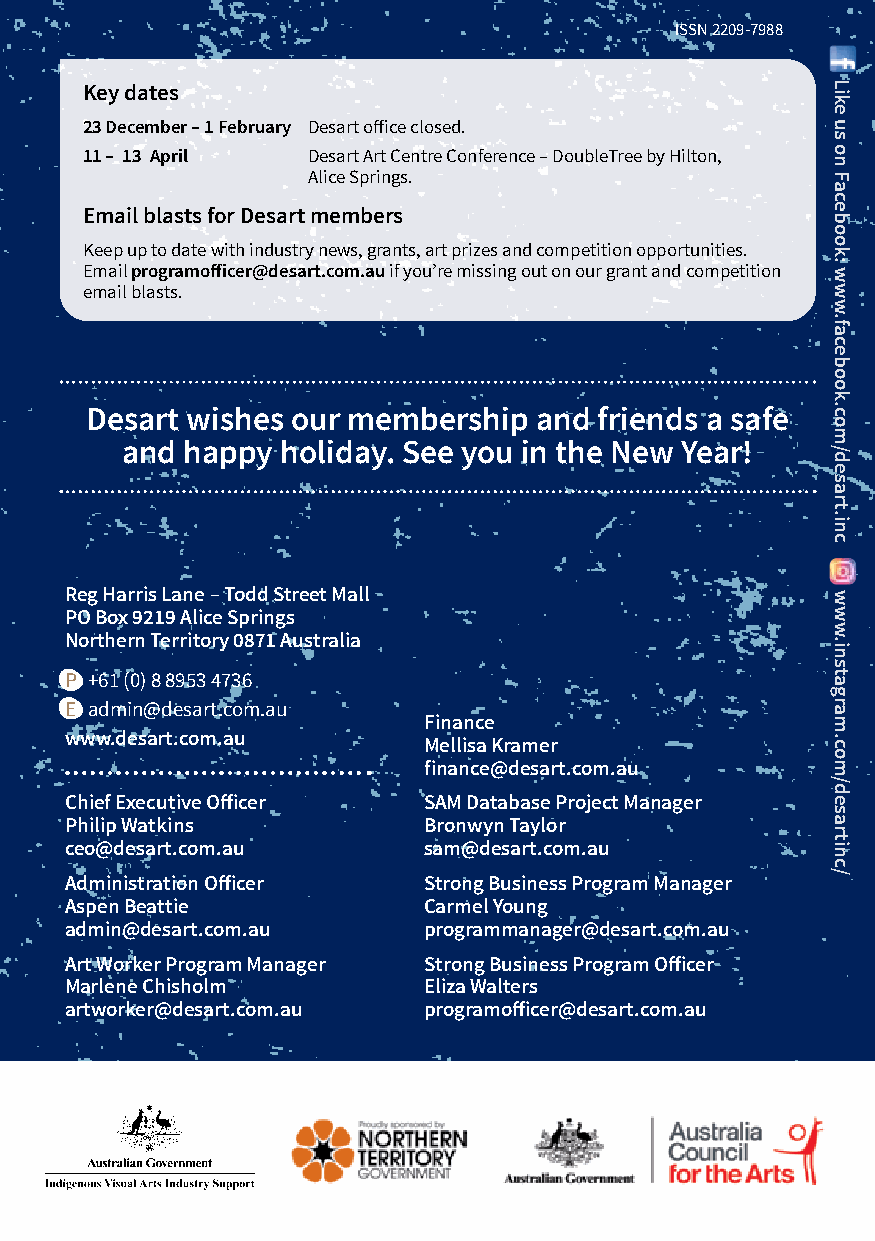
ISSN 2209-7988
 Key dates
 23 December – 1 February Desart office closed.
 11 – 13 April Desart Art Centre Conference – DoubleTree by Hilton,
 Alice Springs.
 Email blasts for Desart members
 Keep up to date with industry news, grants, art prizes and competition opportunities.
 Email programofficer@desart.com.au if you’re missing out on our grant and competition
 email blasts.
 Desart wishes our membership and  friends a safe
 and happy  holiday. See you in the New Year!
 Reg Harris Lane – Todd Street Mall
 PO Box 9219 Alice Springs
 Northern Territory 0871 Australia
 P +61 (0) 8 8953 4736
 E admin@desart.com.au
 Finance
 www.desart.com.au
 Mellisa Kramer
 finance@desart.com.au
 Chief Executive Officer SAM Database Project Manager
 Philip Watkins          Bronwyn Taylor
 ceo@desart.com.au       sam@desart.com.au
 Administration Officer  Strong Business Program Manager
 Aspen Beattie           Carmel Young
 admin@desart.com.au     programmanager@desart.com.au
 Art Worker Program Manager Strong Business Program Officer
 Marlene Chisholm        Eliza Walters
 artworker@desart.com.au programofficer@desart.com.au
 Like
 us
 on
 Facebook:
 www.facebook.com/desart.inc
 www.instagram.com/desartinc/